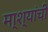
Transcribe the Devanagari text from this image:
मा्श्यांची